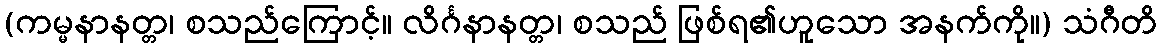
(ကမ္မနာနတ္တ၊ စသည်ကြောင့်။ လိင်္ဂနာနတ္တ၊ စသည် ဖြစ်ရ၏ဟူသော အနက်ကို။) သံဂီတိ